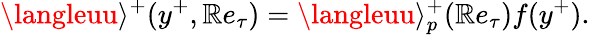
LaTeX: \langleuu\rangle^{+}(y^{+},\mathbb{R}e_{\tau})=\langleuu\rangle_{p}^{+}(\mathbb{R}e_{\tau})f(y^{+}).